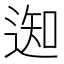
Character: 𨔓